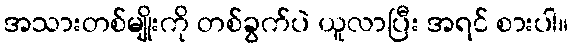
အသားတစ်မျိုးကို တစ်ခွက်ပဲ ယူလာပြီး အရင် စားပါ။